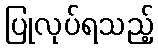
ပြုလုပ်ရသည့်